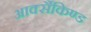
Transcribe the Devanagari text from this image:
आर्क्सैकिण्ड